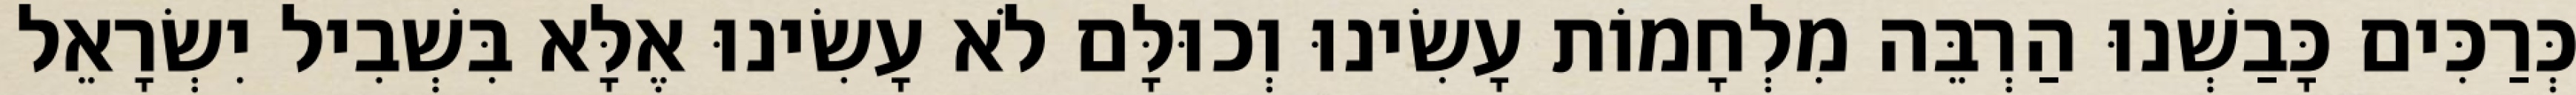
כְּרַכִּים כָּבַשְׁנוּ הַרְבֵּה מִלְחָמוֹת עָשִׂינוּ וְכוּלָּם לֹא עָשִׂינוּ אֶלָּא בִּשְׁבִיל יִשְׂרָאֵל